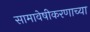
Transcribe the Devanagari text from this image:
सामावेषीकरणाच्या